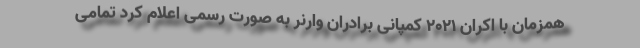
همزمان با اکران 2021 کمپانی برادران وارنر به صورت رسمی اعلام کرد تمامی